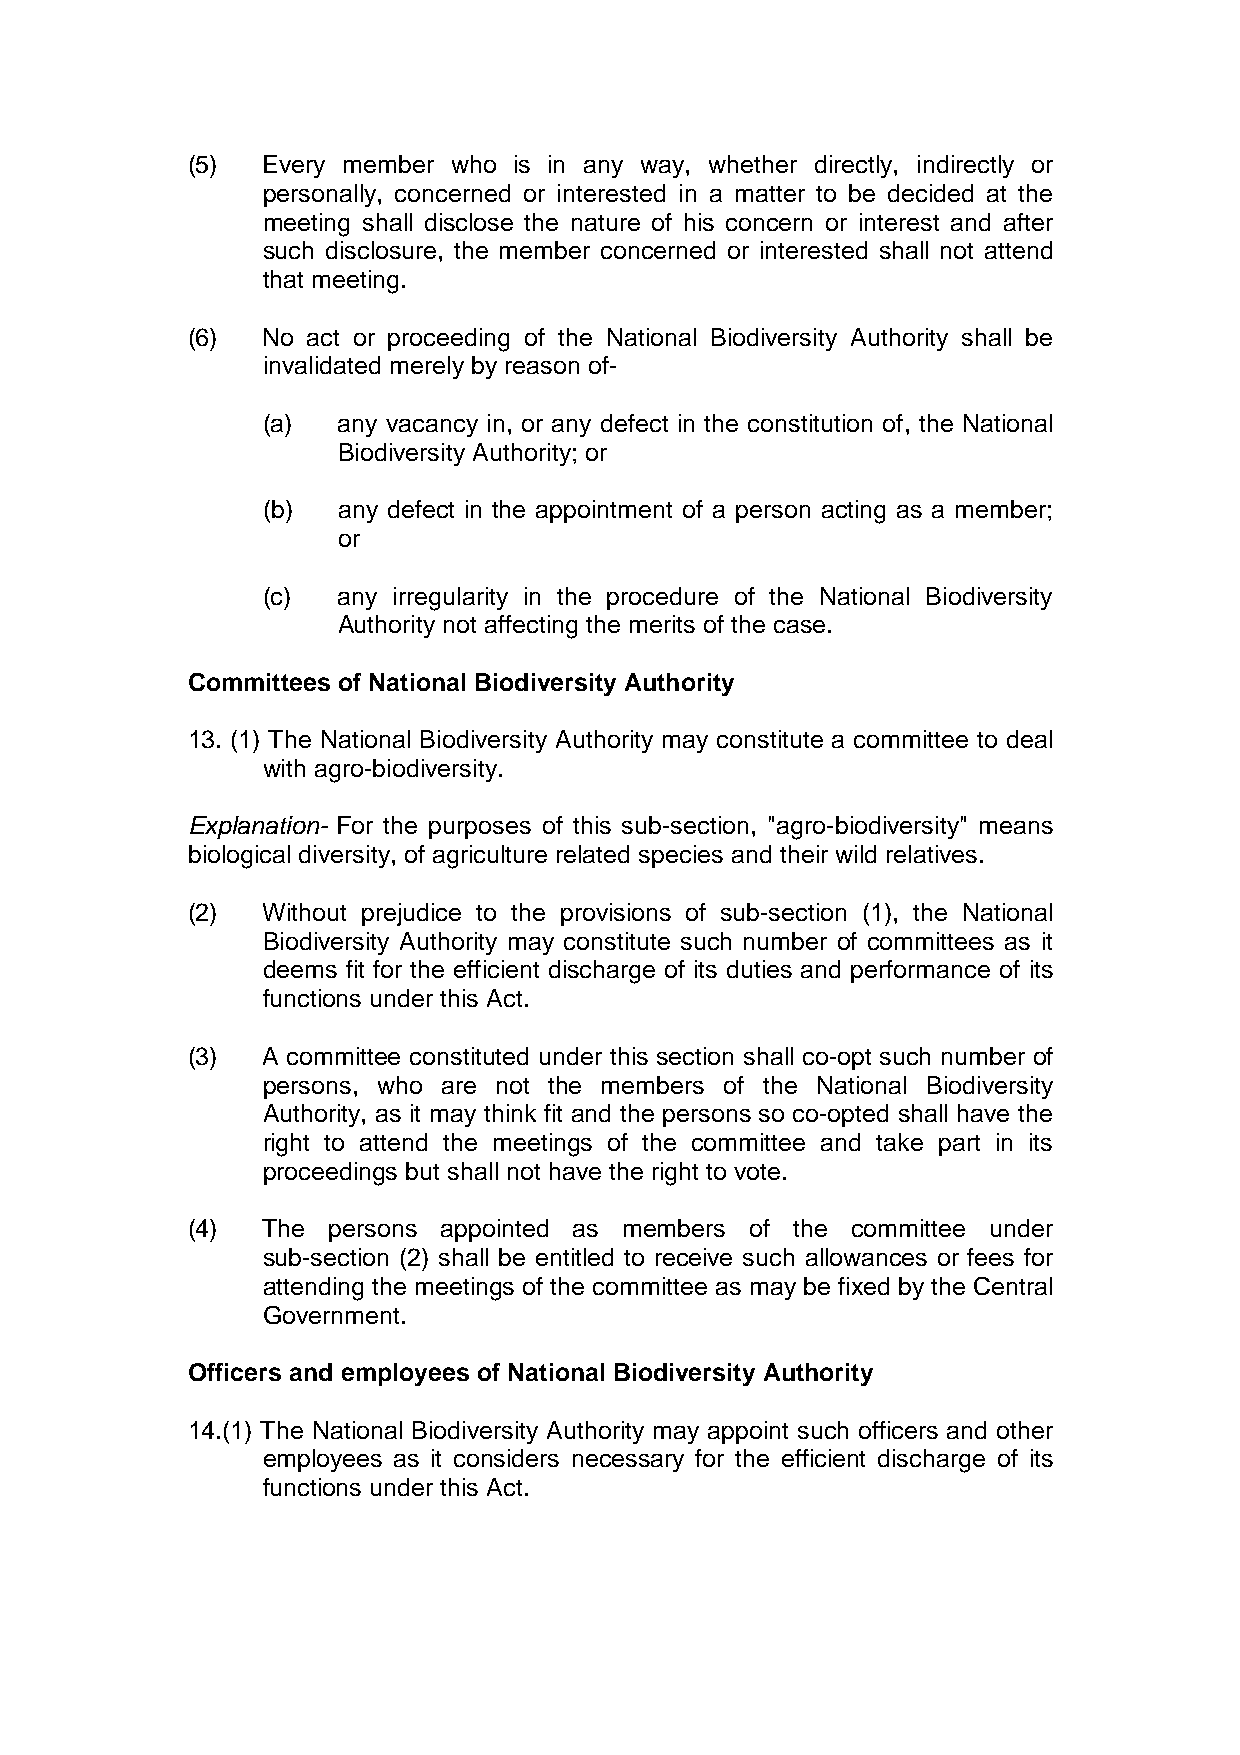
(5)  Every member who is in any way, whether directly, indirectly or
 personally, concerned or interested in a matter to be decided at the
 meeting shall disclose the nature of his concern or interest and after
 such disclosure, the member concerned or interested shall not attend
 that meeting.
 (6)  No act or proceeding of the National Biodiversity Authority shall be
 invalidated merely by reason of-
 (a)  any vacancy in, or any defect in the constitution of, the National
 Biodiversity Authority; or
 (b)  any defect in the appointment of a person acting as a member;
 or
 (c)  any irregularity in the procedure of the National Biodiversity
 Authority not affecting the merits of the case.
 Committees of National Biodiversity Authority
 13. (1) The National Biodiversity Authority may constitute a committee to deal
 with agro-biodiversity.
 Explanation- For the purposes of this sub-section, "agro-biodiversity" means
 biological diversity, of agriculture related species and their wild relatives.
 (2)  Without prejudice to the provisions of sub-section (1), the National
 Biodiversity Authority may constitute such number of committees as it
 deems fit for the efficient discharge of its duties and performance of its
 functions under this Act.
 (3)  A committee constituted under this section shall co-opt such number of
 persons, who are not the members of the National Biodiversity
 Authority, as it may think fit and the persons so co-opted shall have the
 right to attend the meetings of the committee and take part in its
 proceedings but shall not have the right to vote.
 (4)  The  persons appointed as members of the committee under
 sub-section (2) shall be entitled to receive such allowances or fees for
 attending the meetings of the committee as may be fixed by the Central
 Government.
 Officers and employees of National Biodiversity Authority
 14.(1) The National Biodiversity Authority may appoint such officers and other
 employees as it considers necessary for the efficient discharge of its
 functions under this Act.